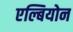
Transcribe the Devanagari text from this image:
एल्बियोन